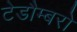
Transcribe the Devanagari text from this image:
टेडौम्बरो